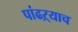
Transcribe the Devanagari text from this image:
पांढऱ्याच